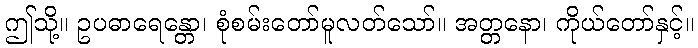
ဤသို့။ ဥပဓာရေန္တော၊ စုံစမ်းတော်မူလတ်သော်။ အတ္တနော၊ ကိုယ်တော်နှင့်။